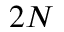
2 N